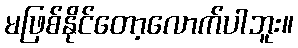
မဖြစ်နိုင်တော့လောက်ပါဘူး။